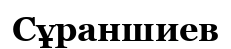
Сұраншиев